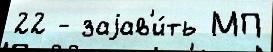
22 - заjав'и́ть МП